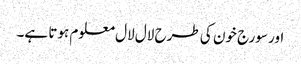
اور سورج خون کی طرح لال لال معلوم ہوتا ہے۔